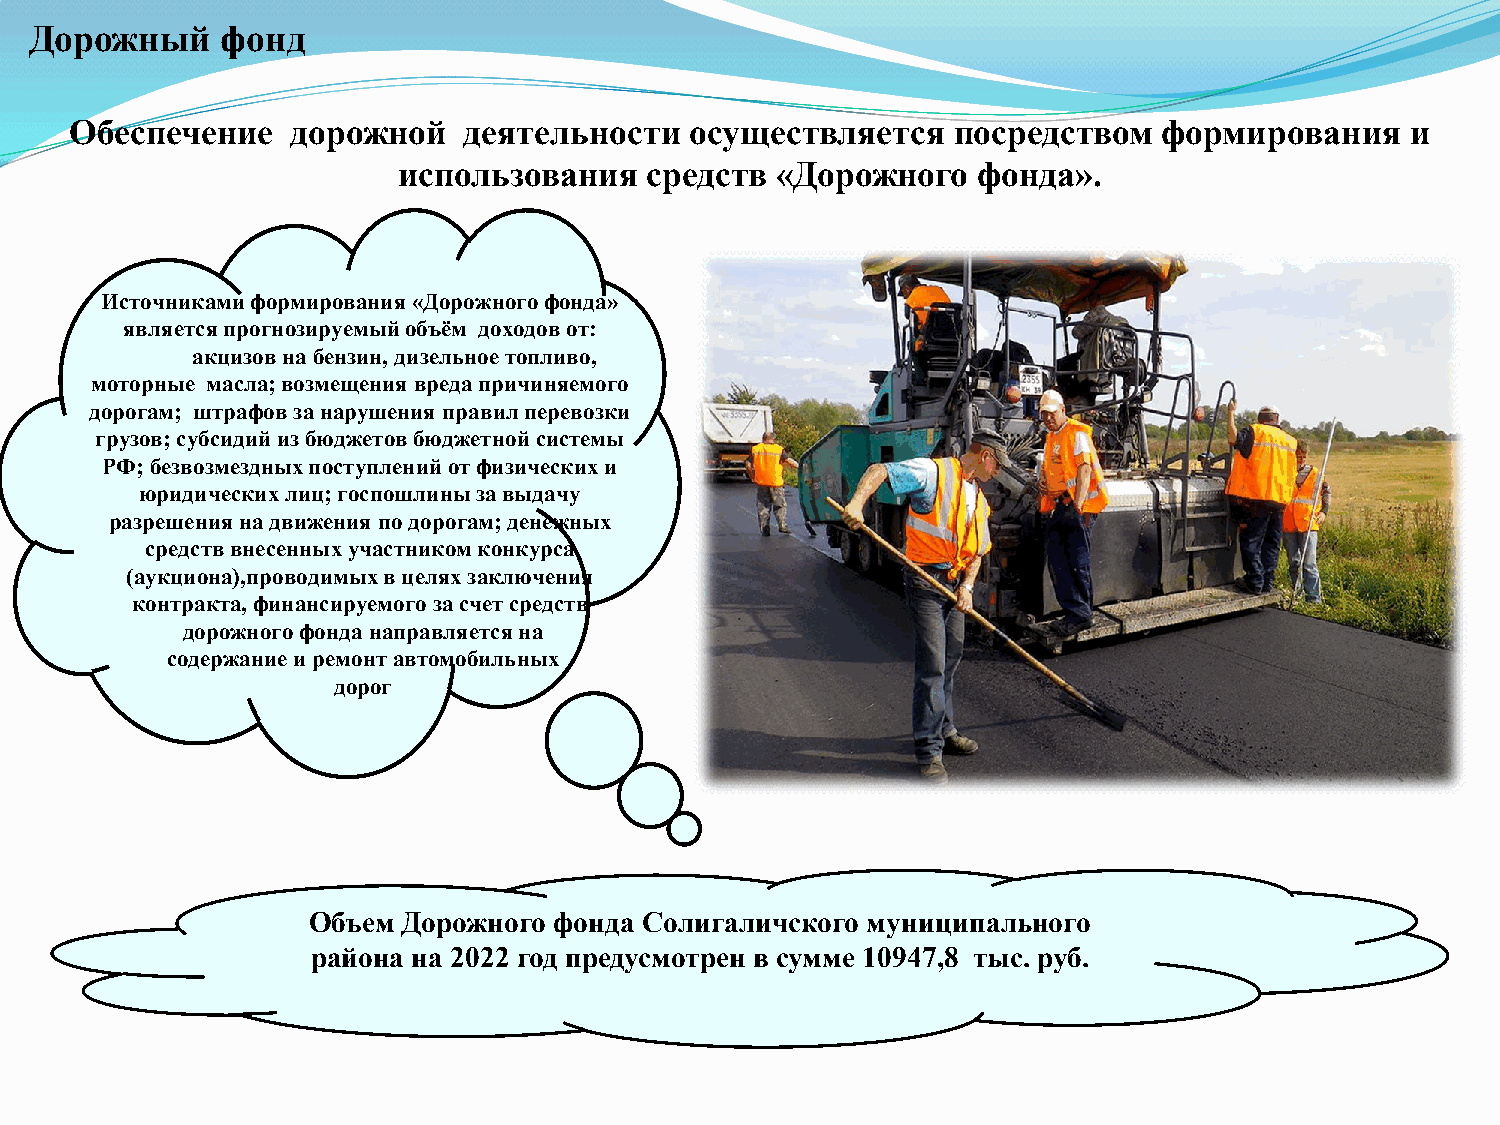
Дорожный     фонд
 Обеспечение   дорожной    деятельности   осуществляется   посредством   формирования    и
 использования    средств «Дорожного    фонда».
 Источниками формирования «Дорожного фонда»
 является прогнозируемый объём доходов от:
 акцизов на бензин, дизельное топливо,
 моторные масла; возмещения вреда причиняемого
 дорогам; штрафов за нарушения правил перевозки
 грузов; субсидий из бюджетов бюджетной системы
 РФ; безвозмездных поступлений от физических и
 юридических лиц; госпошлины за выдачу
 разрешения на движения по дорогам; денежных
 средств внесенных участником конкурса
 (аукциона),проводимых в целях заключения
 контракта, финансируемого за счет средств
 дорожного фонда направляется на
 содержание и ремонт автомобильных
 дорог
 Объем  Дорожного фонда Солигаличского муниципального
 района на 2022 год предусмотрен в сумме 10947,8 тыс. руб.